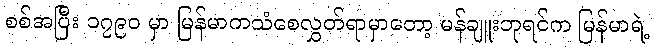
စစ်အပြီး ၁၇၉၀ မှာ မြန်မာကသံစေလွှတ်ရာမှာတော့ မန်ချူးဘုရင်က မြန်မာရဲ့